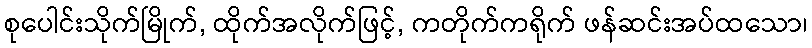
စုပေါင်းသိုက်မြိုက်, ထိုက်အလိုက်ဖြင့်, ကတိုက်ကရိုက် ဖန်ဆင်းအပ်ထသော၊